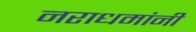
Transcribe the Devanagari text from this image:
नराधमांनी